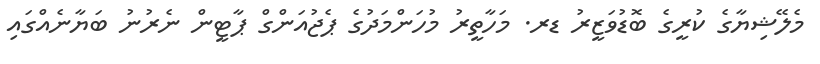
މެލޭޝިޔާގެ ކުރީގެ ބޮޑުވަޒީރު ޑރ. މަހާތީރު މުހަންމަދުގެ ޕެޖުއަންގް ޕާޓީން ނެރުނު ބަޔާނެއްގައި